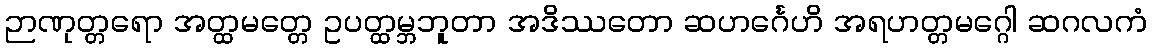
ဉာဏုတ္တရော အတ္ထမတ္တေ ဥပတ္ထမ္ဘဘူတာ အဒိဿတော ဆဟင်္ဂေဟိ အရဟတ္တမဂ္ဂေါ ဆဂလကံ